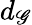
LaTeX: d_{\mathscr{G}}